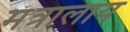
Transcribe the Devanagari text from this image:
मंत्रालाय